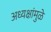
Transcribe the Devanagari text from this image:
अध्यक्षांमुळे